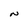
Character: N